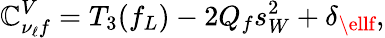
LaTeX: \mathbb{C}_{\nu_{\ell}f}^{V}=T_{3}(f_{L})-2Q_{f}s_{W}^{2}+\delta_{\ellf},